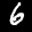
Label: 6